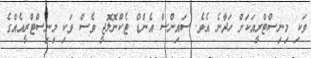
ވަކި މިނިސްޓްރީއަކަށް ހަދާނެ އެވެ. ސައިންސް އެންޑް ޓެކްނޮލޮޖީ ވެސް ވަކި މިނިސްޓްރީއެއްގެ